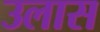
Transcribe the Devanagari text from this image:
उलास